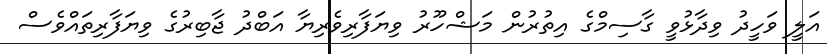
އަލީ ވަހީދު ވިދާޅުވީ ގާސިމްގެ އިތުރުން މަޝްހޫރު ވިޔަފާރިވެރިޔާ އަބްދު ޖާބިރުގެ ވިޔަފާރިތައްވެސް